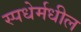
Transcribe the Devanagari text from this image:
स्पधेर्मधील